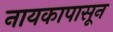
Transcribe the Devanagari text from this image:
नायकापासून